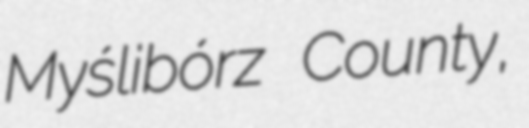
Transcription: Myślibórz County,